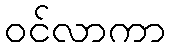
ဝင်လာကာ